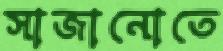
সাজানোতে